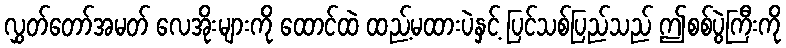
လွှတ်တော်အမတ် လေအိုးများကို ထောင်ထဲ ထည့်မထားပဲနှင့် ပြင်သစ်ပြည်သည် ဤစစ်ပွဲကြီးကို